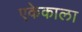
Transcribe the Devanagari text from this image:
एकेकाला